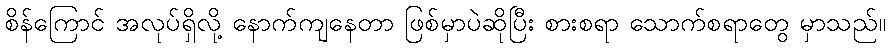
စိန်ကြောင် အလုပ်ရှိလို့ နောက်ကျနေတာ ဖြစ်မှာပဲဆိုပြီး စားစရာ သောက်စရာတွေ မှာသည်။